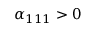
\alpha _ { 1 1 1 } > 0